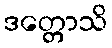
ဒတ္တောသိ